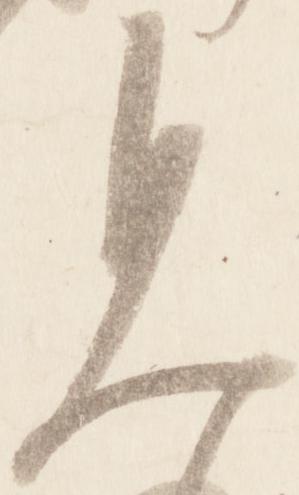
見